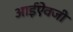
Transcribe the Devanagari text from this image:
आईऐवजी